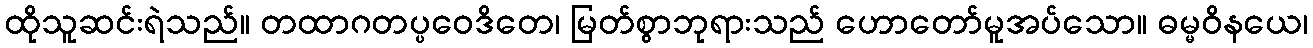
ထိုသူဆင်းရဲသည်။ တထာဂတပ္ပဝေဒိတေ၊ မြတ်စွာဘုရားသည် ဟောတော်မူအပ်သော။ ဓမ္မဝိနယေ၊